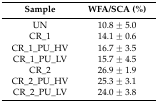
<table><thead><tr><td><b>Sample</b></td><td><b>WFA/SCA (%)</b></td></tr></thead><tbody><tr><td>UN</td><td>10.8 ± 5.0</td></tr><tr><td>CR_1</td><td>14.1 ± 0.6</td></tr><tr><td>CR_1_PU_HV</td><td>16.7 ± 3.5</td></tr><tr><td>CR_1_PU_LV</td><td>15.7 ± 4.5</td></tr><tr><td>CR_2</td><td>26.9 ± 1.9</td></tr><tr><td>CR_2_PU_HV</td><td>25.3 ± 3.1</td></tr><tr><td>CR_2_PU_LV</td><td>24.0 ± 3.8</td></tr></tbody></table>